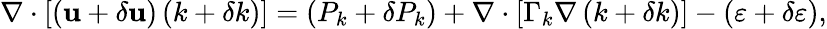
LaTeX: \nabla\cdot\left[\left(\mathbf{u}+\delta\mathbf{u}\right)\left(k+\delta k\right)\right]=\left(P_{k}+\delta P_{k}\right)+\nabla\cdot\left[\Gamma_{k}\nabla\left(k+\delta k\right)\right]-\left(\varepsilon+\delta\varepsilon\right),